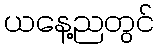
ယနေ့ညတွင်